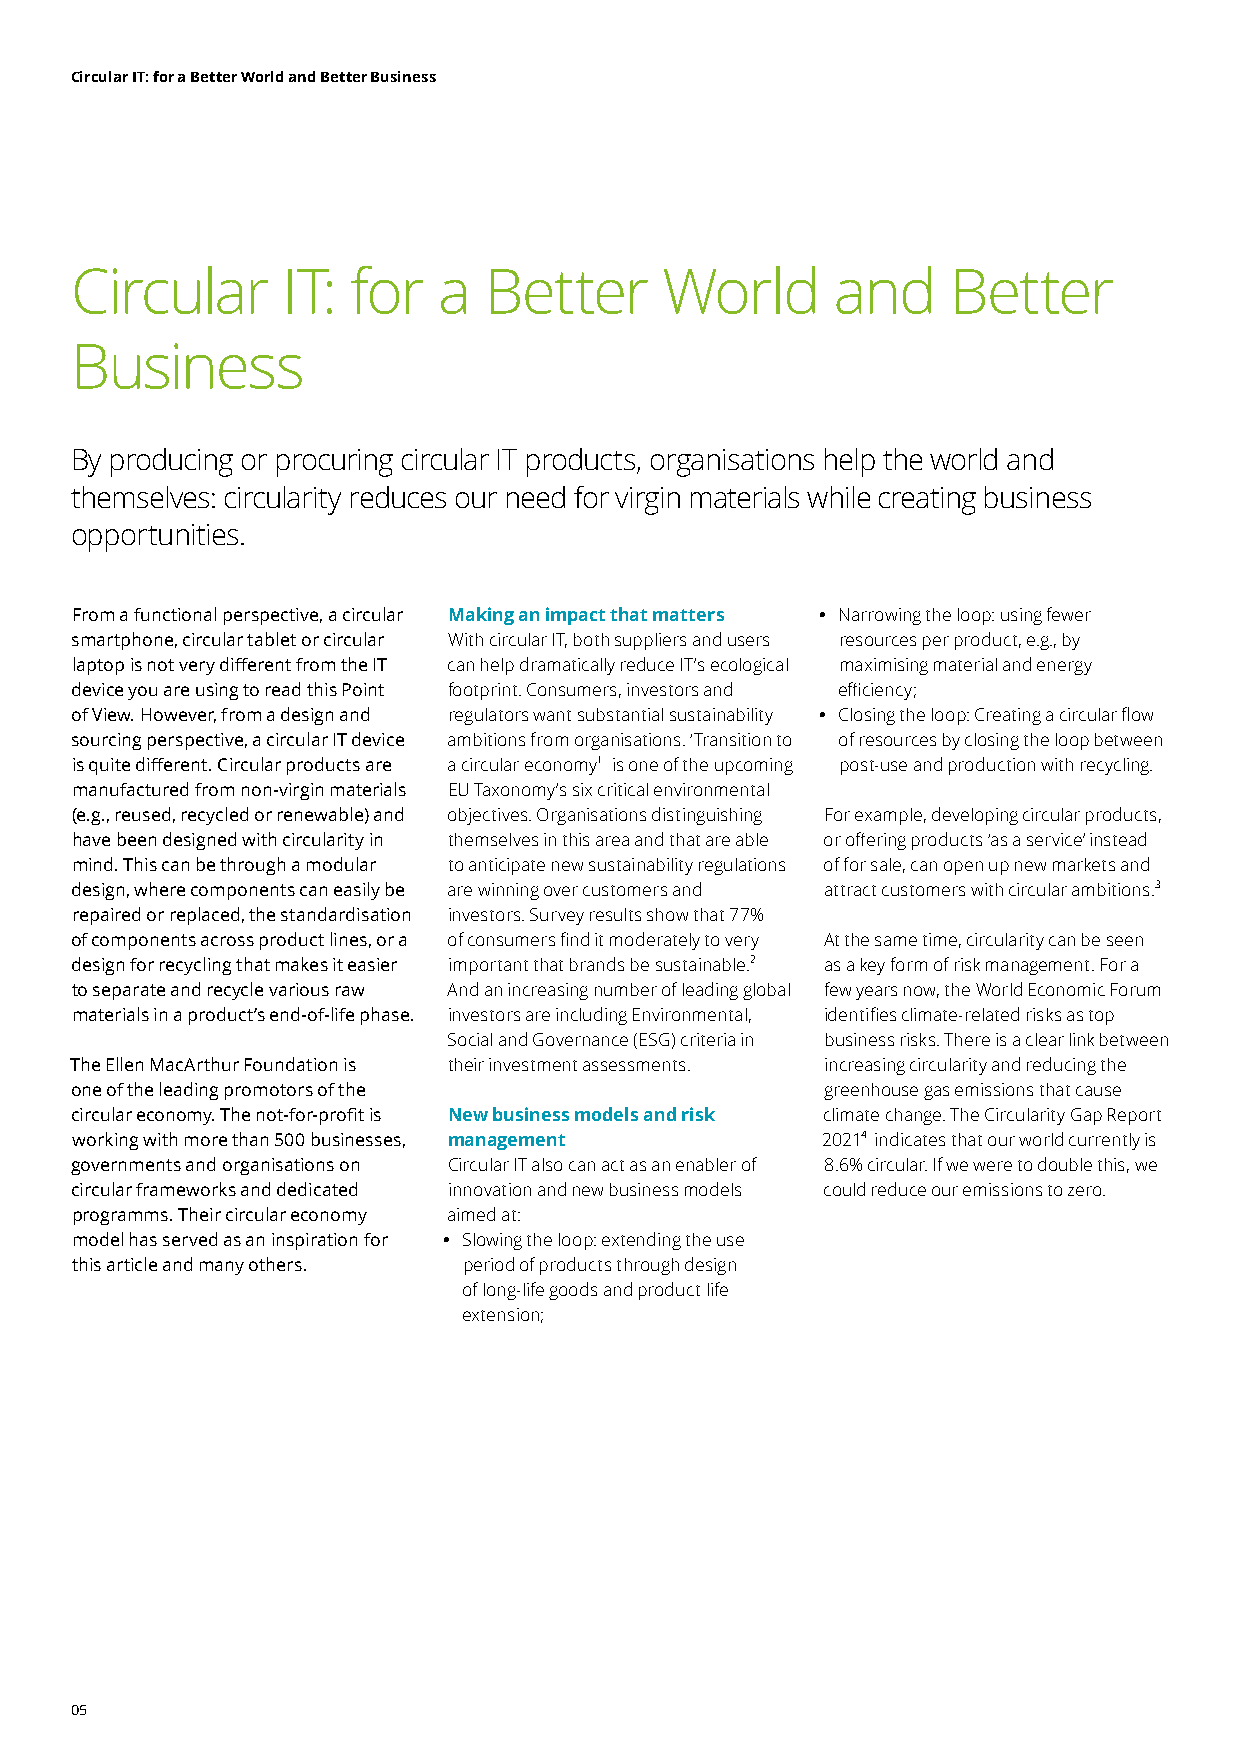
Circular IT: for a Better World and Better Business
 Circular      IT: for   a  Better      World      and     Better
 Business
 By producing or procuring circular IT products, organisations help the world and
 themselves: circularity reduces our need for virgin materials while creating business
 opportunities.
 From a functional perspective, a circular Making an impact that matters • Narrowing the loop: using fewer
 smartphone, circular tablet or circular With circular IT, both suppliers and users resources per product, e.g., by
 laptop is not very different from the IT can help dramatically reduce IT’s ecological maximising material and energy
 device you are using to read this Point footprint. Consumers, investors and efficiency;
 of View. However, from a design and regulators want substantial sustainability • Closing the loop: Creating a circular flow
 sourcing perspective, a circular IT device ambitions from organisations. ‘Transition to of resources by closing the loop between
 is quite different. Circular products are a circular economy1 is one of the upcoming post-use and production with recycling.
 manufactured from non-virgin materials EU Taxonomy’s six critical environmental
 (e.g., reused, recycled or renewable) and objectives. Organisations distinguishing For example, developing circular products,
 have been designed with circularity in themselves in this area and that are able or offering products ‘as a service’ instead
 mind. This can be through a modular to anticipate new sustainability regulations of for sale, can open up new markets and
 design, where components can easily be are winning over customers and attract customers with circular ambitions.3
 repaired or replaced, the standardisation investors. Survey results show that 77%
 of components across product lines, or a of consumers find it moderately to very At the same time, circularity can be seen
 design for recycling that makes it easier important that brands be sustainable.2 as a key form of risk management. For a
 to separate and recycle various raw And an increasing number of leading global few years now, the World Economic Forum
 materials in a product’s end-of-life phase. investors are including Environmental, identifies climate-related risks as top
 Social and Governance (ESG) criteria in business risks. There is a clear link between
 The Ellen MacArthur Foundation is their investment assessments. increasing circularity and reducing the
 one of the leading promotors of the               greenhouse gas emissions that cause
 circular economy. The not-for-profit is New business models and risk climate change. The Circularity Gap Report
 working with more than 500 businesses, management 20214 indicates that our world currently is
 governments and organisations on Circular IT also can act as an enabler of 8.6% circular. If we were to double this, we
 circular frameworks and dedicated innovation and new business models could reduce our emissions to zero.
 programms. Their circular economy aimed at:
 model has served as an inspiration for • Slowing the loop: extending the use
 this article and many others. period of products through design
 of long-life goods and product life
 extension;
 05